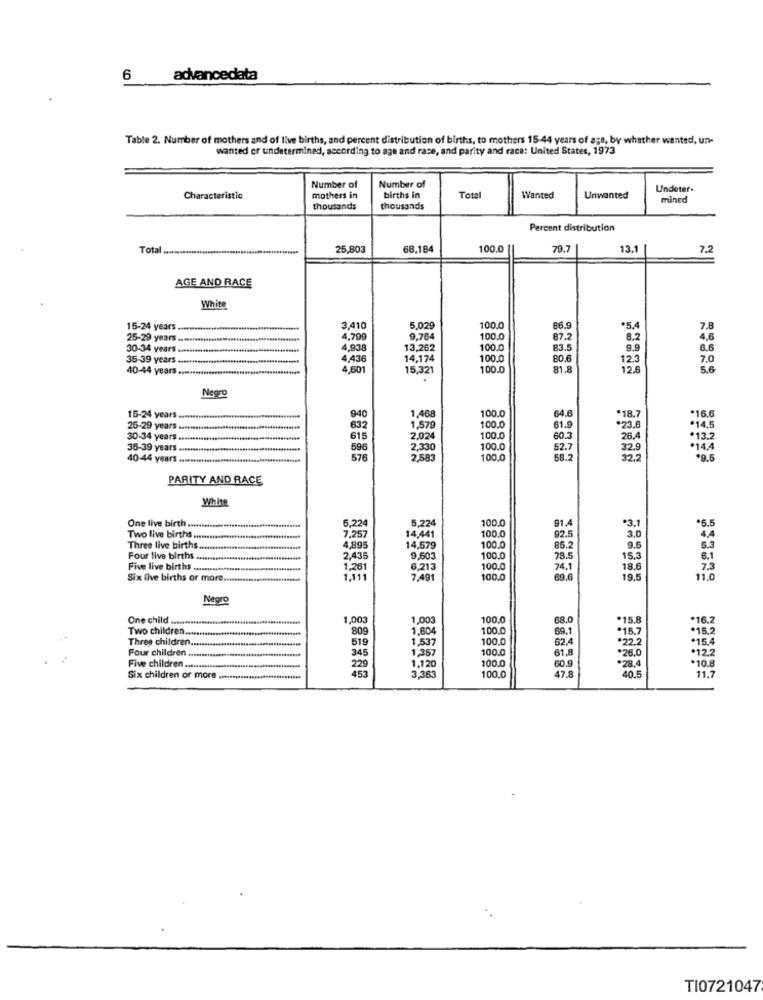
6
advancedata
Table 2. Number of mothers and of live births, and percent distribution of births, to mothers 15-44 years of age, by whether wanted, un-
wanted er undetermined, according to age and race, and parity and race: United States, 1973
Number of
Number of
Undeter-
Characteristic
mothers in
births in
Total
Wanted
Unwanted
mined
thousands
thousands
Percent distribution
Total .................................................
25,803
68,184
100.0
79.7
13.1
7.2
AGE AND RACE
White
15-24 years.
3,410
5.029
100.0
86.9
*5.4
7.8
25-29 years
4,799
9,764
100.0
87.2
8,2
4.6
30-34 years .
4.938
13,262
100.0
83.5
9.9
6.6
35-39 years ..
4,436
14,174
100.
80.6
12.3
7.0
40-44 years ...
4,601
15,321
100.0
81.8
12.6
5.6
Negro
100.0
64.6
*16.6
15-24 years.
940
1,468
*18.7
25-29 years ..........
632
1,579
100.0
61.9
*23.6
.14.
30-34 years .
615
2,024
100.
60.3
26.4
.13.
35-39 years ..........
596
2,330
100.0
52.7
32.8
*14.4
40-44 years.
576
100.0
58.2
322
PARITY AND RACE
White
One live birth ..
5,224
5,224
100.0
91.4
*3.1
*5.
Two live births ..............
7,257
14,441
100.0
92.5
3,0
Three live births.
4,895
14,579
100.0
85.2
9.5
5.3
Four live births.
2,435
9,603
100.0
78.5
15.3
8.1
Five live births
1,261
6,213
100.0
74.1
18.6
7.3
Six live births or more
1,111
7,491
100.0
69.6
19.5
11.0
Negro
One child .............
1,003
1,003
100.0
68.0
*15.8
*16.5
Two children ...
809
1,604
100.0
69.1
*15.7
*15.2
Three children
519
1,537
100.0
62.4
*22.2
15.4
Four children ..
1,357
100.0
61,8
*26.0
·12,2
Five children.
345
100.0
1,120
3.381
100.0
60.9
47.8
*28.4
40.5
*10.8
Six children or more ...........
11.7
TI0721047